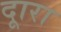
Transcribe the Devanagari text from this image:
दूारा